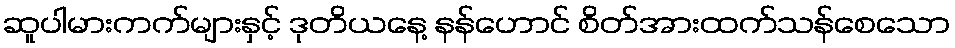
ဆူပါမားကက်များနှင့် ဒုတိယနေ့ နန်ဟောင် စိတ်အားထက်သန်စေသော